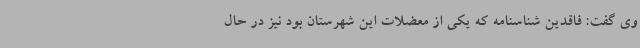
وی گفت: فاقدین شناسنامه که یکی از معضلات این شهرستان بود نیز در حال